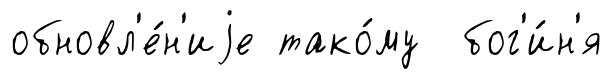
обновл'е́н'иjе тако́му бог'и́н'я